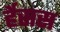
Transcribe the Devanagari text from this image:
र्हेसस